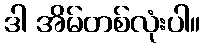
ဒါ အိမ်တစ်လုံးပါ။